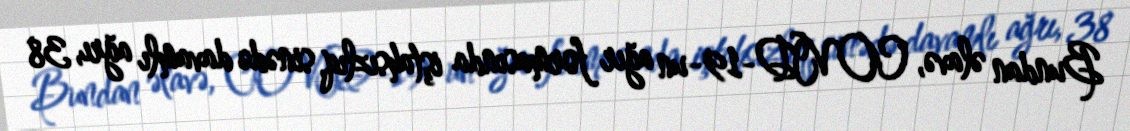
Bundan əlavə, COVİD-19-un ağır formasında iştahsızlıq, sinədə davamlı ağrı, 38